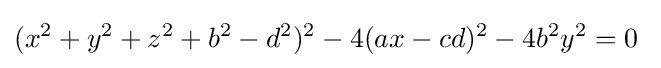
(x^{2}+y^{2}+z^{2}+b^{2}-d^{2})^{2}-4(ax-cd)^{2}-4b^{2}y^{2}=0\